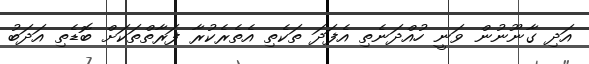
އަދި ގާނޫނުން ވަނީ ހުއްދަނެތި އެފަދަ ތަކެތި އެތެރެކުރާ ފަރާތްތަކަށް ބޮޑެތި އަދަބު